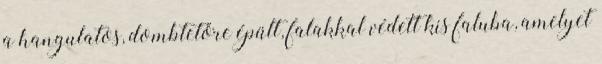
a hangulatos, dombtetőre épült, falakkal védett kis faluba, amelyet